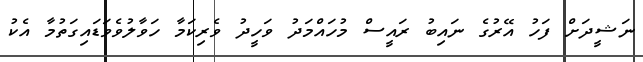
ނަޝީދަށް ފަހު އޭރުގެ ނައިބު ރައީސް މުހައްމަދު ވަހީދު ވެރިކަމާ ހަވާލުވެވަޑައިގަތުމާ އެކު